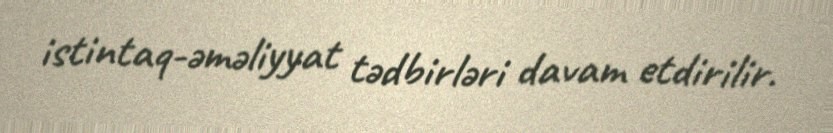
istintaq-əməliyyat tədbirləri davam etdirilir.